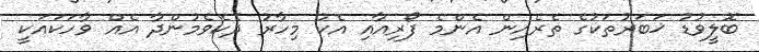
ބޮލީވުޑު ޚަބަރުތަކުގެ ތެރެއިން އެންމެ ފޯރިއާއި އެކު މިހާރު ދެކެވެމުންދާ އެއް ވާހަކައަކީ